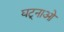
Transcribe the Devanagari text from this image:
घट्नाओ